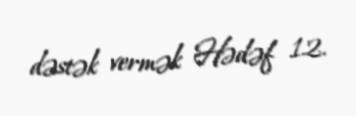
dəstək vermək Hədəf 12.